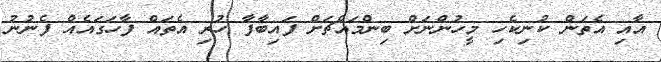
އާއި އެތަން ކުނިކެހި މީހުންނަށް ބިންމައްޗަށް ފައިބާފާ ހުރި އެތައް ފާހަގައެއް ފެނުނު